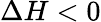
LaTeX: \Delta H<0